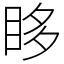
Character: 眵